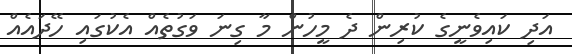
އަދި ކައިވެނީގެ ކުރިން ދެ މީހުން މާ ގިނަ ވަގުތެއް އެކުގައި ހޭދައެއް